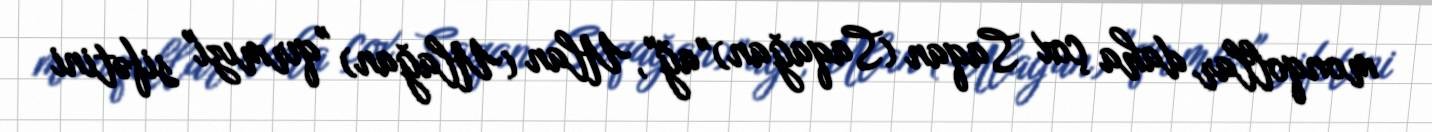
monqollar daha çox Saqan (Saqağan) "ağ", Ulan (Ulağan) "qırmızı" sifətini